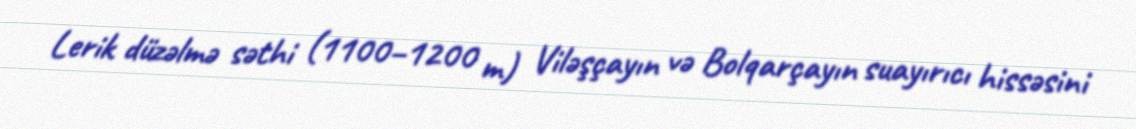
Lerik düzəlmə səthi (1100–1200 m) Viləşçayın və Bolqarçayın suayırıcı hissəsini